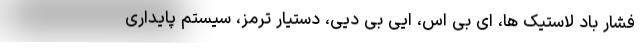
فشار باد لاستیک ها، ای بی اس، ایی بی دیی، دستیار ترمز، سیستم پایداری